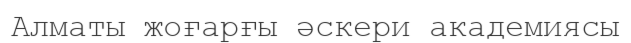
Алматы жоғарғы әскери академиясы